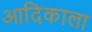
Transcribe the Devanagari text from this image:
आदिकाला